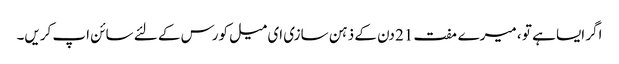
اگر ایسا ہے تو ، میرے مفت 21 دن کے ذہن سازی ای میل کورس کے لئے سائن اپ کریں۔